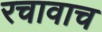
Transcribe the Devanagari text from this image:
रचावाच